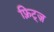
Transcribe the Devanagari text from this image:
फ़्रिट्ज़